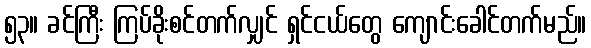
၅၃။ ခင်ကြီး ကြပ်ခိုးစင်တက်လျှင် ရှင်ငယ်တွေ ကျောင်းခေါင်တက်မည်။